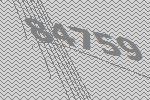
84759